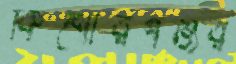
কিশোরগঞ্জর